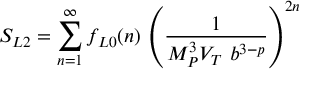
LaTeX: S _ { L 2 } = \sum _ { n = 1 } ^ { \infty } f _ { L 0 } ( n ) \, \left( { \frac { 1 } { M _ { P } ^ { 3 } V _ { T } ~ b ^ { 3 - p } } } \right) ^ { 2 n }